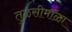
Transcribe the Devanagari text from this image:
तुळसीमाळा